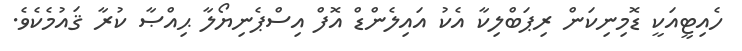
ހެއިޓީއަކީ ޑޮމިނިކަން ރިޕަބްލިކާ އެކު އައިލެންޑް އޮފް އިސްޕެނިޔޯލާ ޙިއްޞާ ކުރާ ޤައުމެކެވެ.